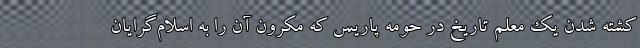
کشته شدن یک معلم تاریخ در حومه پاریس که مکرون آن را به اسلام‌گرایان